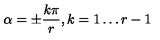
\alpha = \pm \displaystyle \frac { k \pi } { r } , k = 1 \ldots r - 1 \,